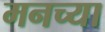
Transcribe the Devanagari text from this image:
मनच्या